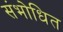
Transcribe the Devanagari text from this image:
संभोधित